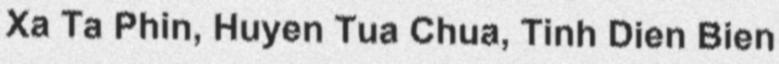
Xa Ta Phin, Huyen Tua Chua, Tinh Dien Bien